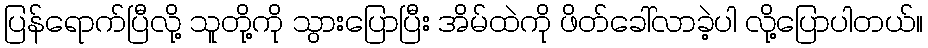
ပြန်ရောက်ပြီလို့ သူတို့ကို သွားပြောပြီး အိမ်ထဲကို ဖိတ်ခေါ်လာခဲ့ပါ လို့ပြောပါတယ်။